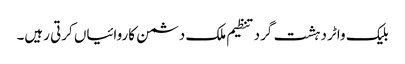
بلیک واٹر دہشت گرد تنظیم ملک دشمن کاروائیاں کرتی رہیں۔